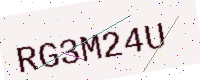
Text: RG3M24U